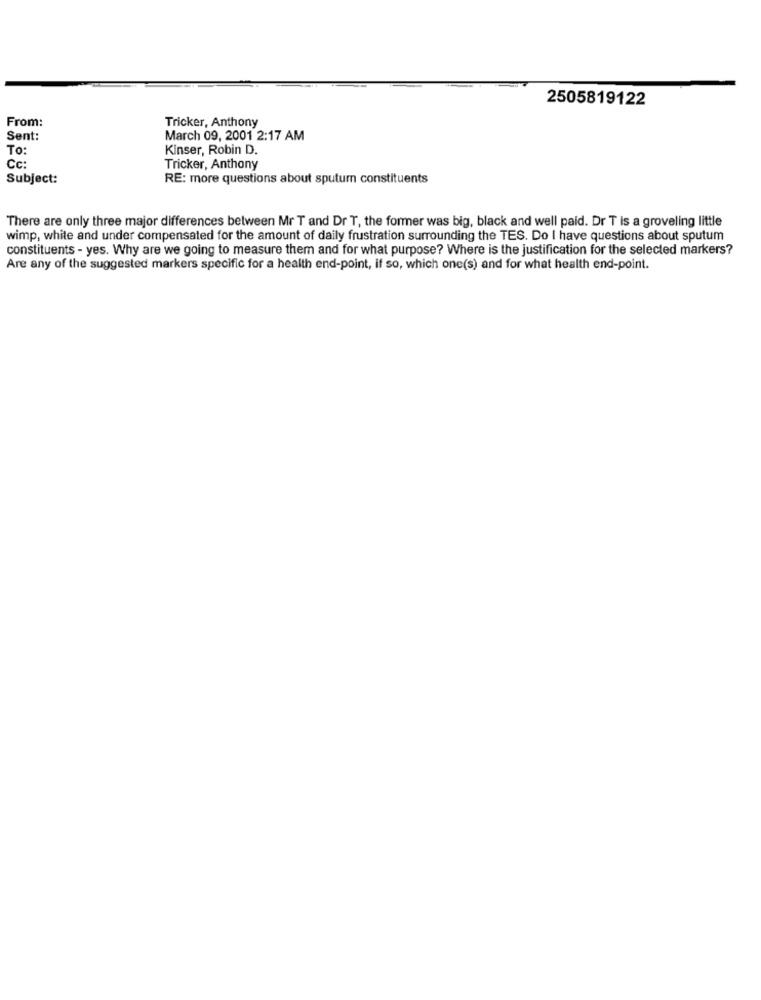
2505819122
From:
Tricker, Anthony
Sent:
March 09, 2001 2:17 AM
To
Kinser, Robin D.
Cc:
Tricker, Anthony
Subject:
RE: more questions about sputum constituents
There are only three major differences between Mr T and Dr T, the former was big, black and well paid. Dr T is a groveling little
wimp, white and under compensated for the amount of daily frustration surrounding the TES. Do I have questions about sputum
constituents - yes. Why are we going to measure them and for what purpose? Where is the justification for the selected markers?
Are any of the suggested markers specific for a health end-point, if so, which one(s) and for what health end-point.